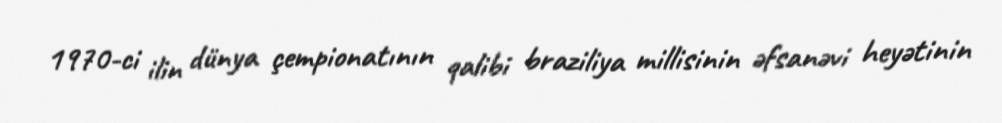
1970-ci ilin dünya çempionatının qalibi braziliya millisinin əfsanəvi heyətinin